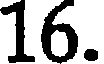
16.